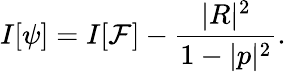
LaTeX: I[\psi]=I[\mathcal{F}]-{\frac{{|R|^{2}}}{{1-|p|^{2}}}}.